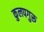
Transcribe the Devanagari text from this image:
कुलपगुरू